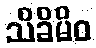
သိခိမိဝ